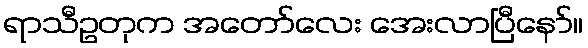
ရာသီဥတုက အတော်လေး အေးလာပြီနော်။